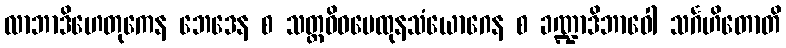
လာဘာဒိဟေတုကေန ဘေဒေန စ သတ္တဝိဓမေထုနသံယောဂေန စ ခဏ္ဍာဒိဘာဝေါ သင်္ဂဟိတောတိ